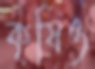
কৃষিও